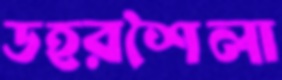
ডহরশৈলা